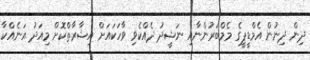
ދިން ދިނުން އެމްޑީޕީގެ މެމްބަރުންނާއި ނަޝީދު ދެއްކެވި ވާހަކައަށް އިޝާރާތްކޮށް މިއަދު އަނެއްކާ